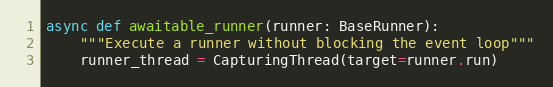
Language: Python
async def awaitable_runner(runner: BaseRunner):
    """Execute a runner without blocking the event loop"""
    runner_thread = CapturingThread(target=runner.run)